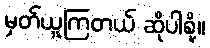
မှတ်ယူကြတယ် ဆိုပါစို့။